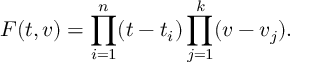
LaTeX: F ( t , v ) = \prod _ { i = 1 } ^ { n } ( t - t _ { i } ) \prod _ { j = 1 } ^ { k } ( v - v _ { j } ) .